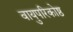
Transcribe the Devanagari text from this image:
वायुपरिकोष्ठ